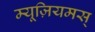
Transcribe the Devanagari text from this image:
म्यूज़ियमस्